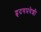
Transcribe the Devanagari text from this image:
हृदयप्रवेशी